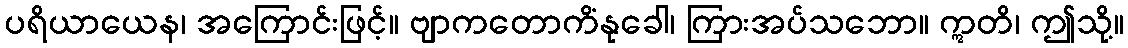
ပရိယာယေန၊ အကြောင်းဖြင့်။ ဗျာကတောကိံနုခေါ၊ ကြားအပ်သဘော။ ဣတိ၊ ဤသို့။